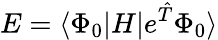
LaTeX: E=\langle\Phi_{0}|H|e^{\hat{T}}\Phi_{0}\rangle